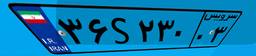
۳۶S۲۳۰۰۳